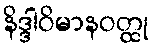
နိဒ္ဒါဝိမာနဝတ္ထု